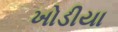
ખોડીયા